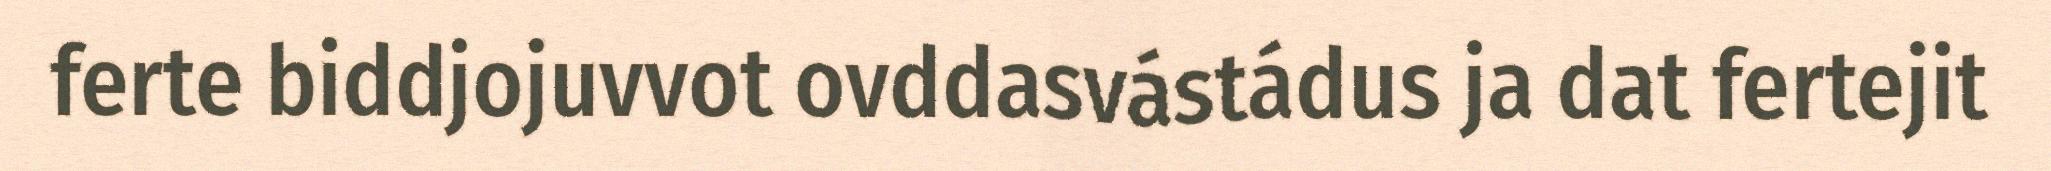
ferte biddjojuvvot ovddasvástádus ja dat fertejit